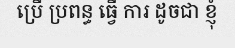
ប្រើ ប្រពន្ធ ធ្វើ ការ ដូចជា ខ្ញុំ